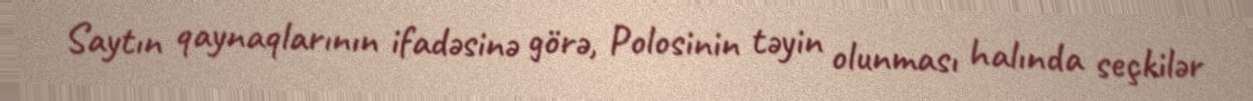
Saytın qaynaqlarının ifadəsinə görə, Polosinin təyin olunması halında seçkilər